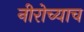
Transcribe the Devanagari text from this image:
नीरोच्याच